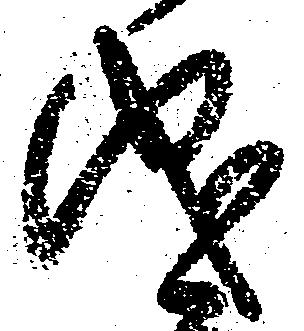
儀